Report of the Indian Hemp Drugs Commission, 1894-1895 - Volume VII
Year: 1894
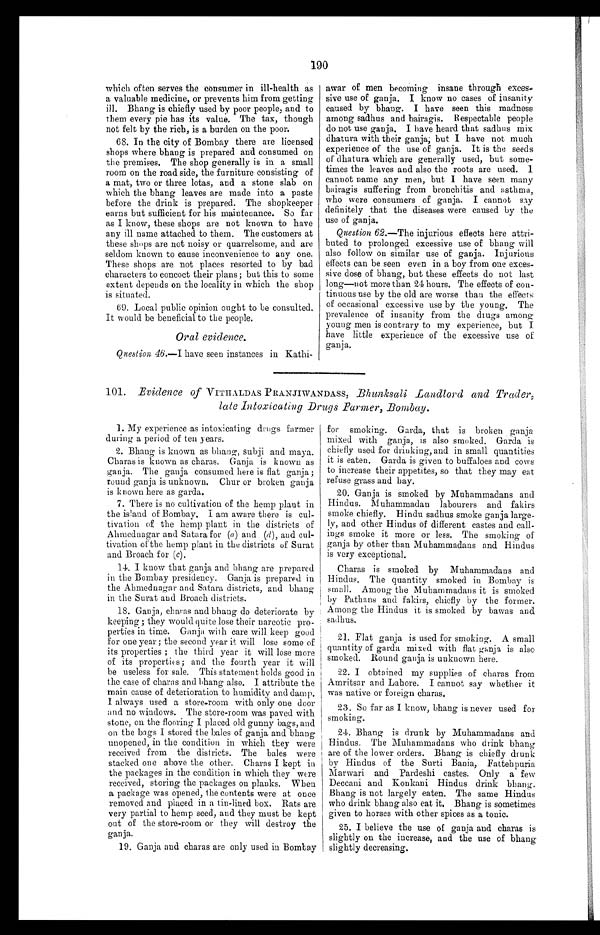
190
which often serves the consumer in ill-health as
a valuable medicine, or prevents him from getting
ill. Bhang is chiefly used by poor people, and to
them every pie has its value. The tax, though
not felt by the rich, is a burden on the poor.
68. In the city of Bombay there are licensed
shops where bhang is prepared and consumed on
the premises. The shop generally is in a small
room on the road side, the furniture consisting of
a mat, two or three lotas, and a stone slab on
which the bhang leaves are made into a paste
before the drink is prepared. The shopkeeper
earns but sufficient for his maintenance. So far
as I know, these shops are not known to have
any ill name attached to them. The customers at
these shops are not noisy or quarrelsome, and are
seldom known to cause inconvenience to any one.
These shops are not places resorted to by bad
characters to concoct their plans ; but this to some
extent depends on the locality in which the shop
is situated.
69. Local public opinion ought to be consulted.
It would be beneficial to the people.
Oral evidence.
Question 46 .—I have seen instances in Kathi-
awar of men becoming insane through exces-
sive use of ganja. I know no cases of insanity
caused by bhang. I have seen this madness
among sadhus and bairagis. Respectable people
do not use ganja. I have heard that sadhus mix
dhatura with their ganja, but I have not much
experience of the use of ganja. It is the seeds
of dhatura which are generally used, but some-
times the leaves and also the roots are used. I
cannot name any men, but I have seen many
bairagis suffering from bronchitis and asthma,
who were consumers of ganja. I cannot say
definitely that the diseases were caused by the
use of ganja.
Question 62 .—The injurious effects here attri-
buted to prolonged excessive use of bhang will
also follow on similar use of ganja. Injurious
effects can be seen even in a boy from one exces-
sive dose of bhang, but these effects do not last
long—not more than 24 hours. The effects of con-
tinuous use by the old are worse than the effects
of occasional excessive use by the young. The
prevalence of insanity from the drugs among
young men is contrary to my experience, but
I h a v e l i t t l e e x p e r i e n c e o f t h e e x c e s s i v e u s e o f
ganja.
101. Evidence Of VITHALDAS PRANJIWANDASS, Bhunksali Landlord and Trader,
late Intoxicating Drugs Farmer, Bombay.
1. My experience as intoxicating drugs farmer
during a period of ten years.
2. Bhang is known as bhang, subji and maya.
Charas is known as charas. Ganja is known as
ganja. The ganja consumed here is flat ganja ;
round ganja is unknown. Chur or broken ganja
is known here as garda.
7. There is no cultivation of the hemp plant in
the island of Bombay. I am aware there is cul-
tivation of the hemp plant in the districts of
Ahmednagar and Satara for (a) and (d) , and cul-
tivation of the hemp plant in the districts of Surat
and Broach for (c) .
14. I know that ganja and bhang are prepared
in the Bombay presidency. Ganja is prepared in
the Ahmednagar and Satara districts, and bhang
in the Surat and Broach districts.
18. Ganja, charas and bhang do deteriorate by
keeping ; they would quite lose their narcotic pro-
perties in time. Ganja with care will keep good
for one year ; the second year it will lose some of
its properties ; the third year it will lose more
of its properties; and the fourth year it will
be useless for sale. This statement holds good in
the case of charas and
bhang also. I attribute the
main cause of deterioration to humidity and damp.
I always used a store-room with only one door
and no windows. The store-room was paved with
stone, on the flooring I placed old gunny bags, and
on the bags I stored the bales of ganja and bhang
unopened, in the condition in which they were
received from the districts. The bales were
stacked one above the other. Charas I kept in
the packages in the condition in which they were
received, storing the packages on planks. When
a package was opened, the contents were at once
removed and placed in a tin-lined box. Rats are
very partial to hemp seed, and they must be kept
out of the store-room or they will destroy the
ganja.
19. Ganja and charas are only used in Bombay
for smoking. Garda, that is broken ganja
mixed with ganja, is also smoked. Garda is
chiefly used for drinking, and in small quantities
it is eaten. Garda is given to buffaloes and cows
to increase their appetites, so that they may eat
refuse grass and hay.
20. Ganja is smoked by Muhammadans and
Hindus. Muhammadan labourers and fakirs
smoke chiefly. Hindu sadhus smoke ganja large-
ly, and other Hindus of different castes and call-
ings smoke it more or less. The smoking of
ganja by other than Muhammadans and Hindus
is very exceptional.
Charas is smoked by Muhammadans and
Hindus. The quantity smoked in Bombay is
small. Among the Muhammadans it is smoked
by Pathans and fakirs, chiefly by the former.
Among the Hindus it is smoked by bawas and
sadhus.
21. Flat ganja is used for smoking. A small
quantity of garda mixed with flat ganja is also
smoked. Round ganja is unknown here.
22. I obtained my supplies of charas from
Amritsar and Lahore. I cannot say whether it
was native or foreign charas.
23. So far as I know, bhang is never used for
smoking.
24. Bhang is drunk by Muhammadans and
Hindus. The Muhammadans who drink bhang
are of the lower orders. Bhang is chiefly drunk
by Hindus of the Surti Bania, Fattehpuria
Marwari and Pardeshi castes. Only a few
Deccani and Konkani Hindus drink bhang.
Bhang is not largely eaten. The same Hindus
who drink bhang also eat it. Bhang is sometimes
given to horses with other spices as a tonic.
25. I believe the use of ganja and charas is
slightly on the increase, and the use of bhang
slightly decreasing.